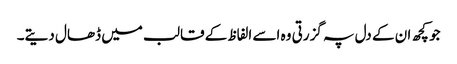
جو کچھ ان کے دل پہ گزرتی وہ اسے الفاظ کے قالب میں ڈھال دیتے۔